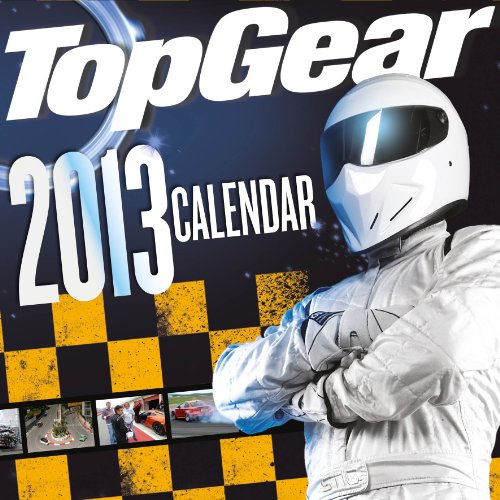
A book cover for Official Top Gear 2013 Calendar; Calendars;